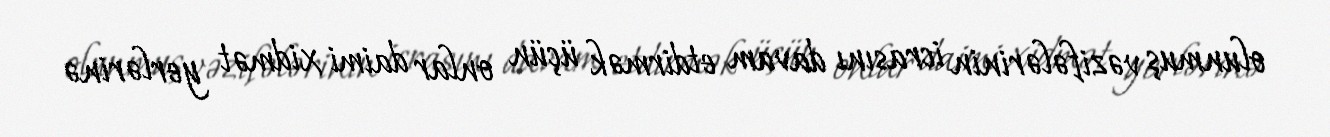
olunmuş vəzifələrinin icrasını davam etdirmək üçün onlar daimi xidmət yerlərinə